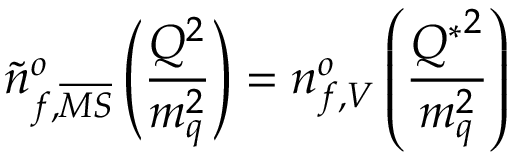
{ \tilde { n } } _ { f , { \overline { { { M S } } } } } ^ { o } \left( \frac { Q ^ { 2 } } { m _ { q } ^ { 2 } } \right) = n _ { f , V } ^ { o } \left( \frac { { Q ^ { * } } ^ { 2 } } { m _ { q } ^ { 2 } } \right)